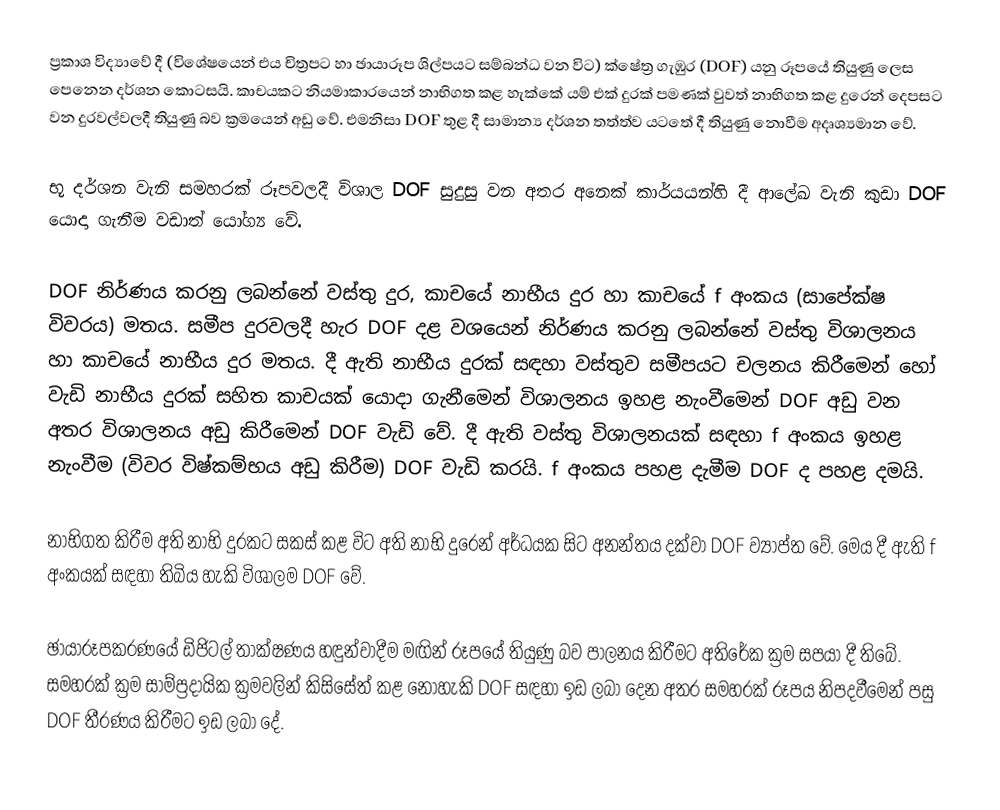
ප්‍රකාශ විද්‍යාවේ දී (විශේෂයෙන් එය චිත්‍රපට හා ඡායාරූප ශිල්පයට සම්බන්ධ වන විට) ක්ෂේත්‍ර ගැඹුර (DOF) යනු රූපයේ තියුණු ලෙස පෙනෙන දර්ශන කොටසයි. කාචයකට නියමාකාරයෙන් නාභිගත කළ හැක්කේ යම් එක් දුරක් පමණක් වුවත් නාභිගත කළ දුරෙන් දෙපසට වන දුරවල්වලදී තියුණු බව ක්‍රමයෙන් අඩු වේ. එමනිසා DOF තුළ දී සාමාන්‍ය දර්ශන තත්ත්ව යටතේ දී තියුණු නොවීම අදෘශ්‍යමාන වේ.

භූ දර්ශන වැනි සමහරක් රූපවලදී විශාල DOF සුදුසු වන අතර අනෙක් කාර්යයන්හි දී ආලේඛ වැනි කුඩා DOF යොදා ගැනීම වඩාත් යෝග්‍ය වේ.

DOF නිර්ණය කරනු ලබන්නේ වස්තු දුර, කාචයේ නාභීය දුර හා කාචයේ f අංකය (සාපේක්ෂ විවරය) මතය. සමීප දුරවලදී හැර DOF දළ වශයෙන් නිර්ණය කරනු ලබන්නේ වස්තු විශාලනය හා කාචයේ නාභීය දුර මතය. දී ඇති නාභීය දුරක් සඳහා වස්තුව සමීපයට චලනය කිරීමෙන් හෝ වැඩි නාභීය දුරක් සහිත කාචයක් යොදා ගැනීමෙන් විශාලනය ඉහළ නැංවීමෙන් DOF අඩු වන අතර විශාලනය අඩු කිරීමෙන් DOF වැඩි වේ. දී ඇති වස්තු විශාලනයක් සඳහා f අංකය ඉහළ නැංවීම (විවර විෂ්කම්භය අඩු කිරීම) DOF වැඩි කරයි. f අංකය පහළ දැමීම DOF ද පහළ දමයි.

නාභිගත කිරීම අති නාභි දුරකට සකස් කළ විට අති නාභි දුරෙන් අර්ධයක සිට අනන්තය දක්වා DOF ව්‍යාප්ත වේ. මෙය දී ඇති f අංකයක් සඳහා තිබිය හැකි විශාලම DOF වේ.

ඡායාරූපකරණයේ ඩිජිටල් තාක්ෂණය හඳුන්වාදීම මඟින් රූපයේ තියුණු බව පාලනය කිරීමට අතිරේක ක්‍රම සපයා දී තිබේ. සමහරක් ක්‍රම සාම්ප්‍රදායික ක්‍රමවලින් කිසිසේත් කළ නොහැකි DOF සඳහා ඉඩ ලබා දෙන අතර සමහරක් රූපය නිපදවීමෙන් පසු DOF තීරණය කිරීමට ඉඩ ලබා දේ.